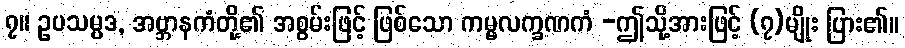
၇။ ဥပသမ္ပဒ, အဗ္ဘာနကံတို့၏ အစွမ်းဖြင့် ဖြစ်သော ကမ္မလက္ခဏကံ -ဤသို့အားဖြင့် (၇)မျိုး ပြား၏။